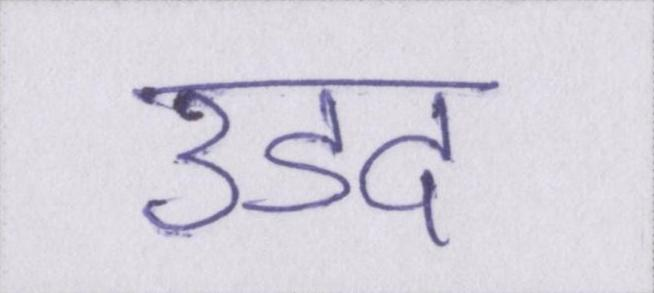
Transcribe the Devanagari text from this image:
उडद